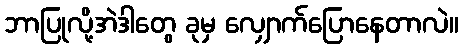
ဘာပြုလို့အဲဒါတွေ ခုမှ လျှောက်ပြောနေတာလဲ။